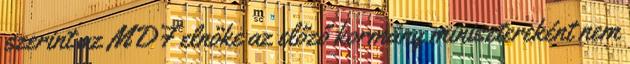
szerint az MDF elnöke az előző kormány minisztereként nem